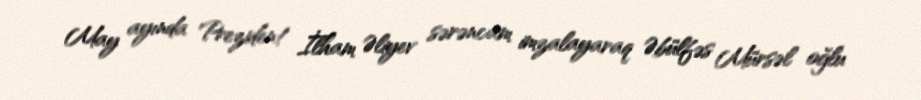
May ayında Prezident İlham Əliyev sərəncam imzalayaraq Əbülfəs Mürsəl oğlu